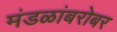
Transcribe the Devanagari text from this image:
मंडळांबरोबर